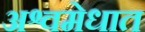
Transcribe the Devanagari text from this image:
अश्वमेधात